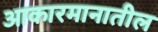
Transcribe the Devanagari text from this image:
आकारमानातील